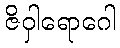
ဇိဝှါရောဂေါ